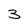
Character: 3